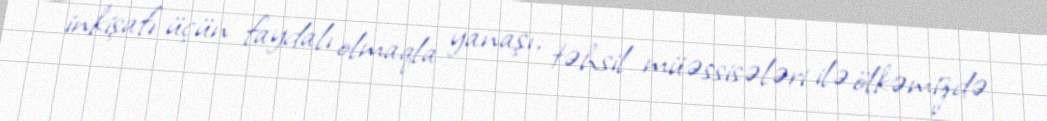
inkişafı üçün faydalı olmaqla yanaşı, təhsil müəssisələri ilə ölkəmizdə